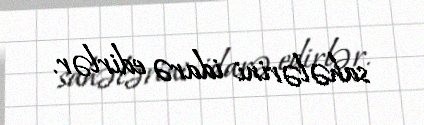
sahələrini idarə edirlər.